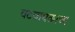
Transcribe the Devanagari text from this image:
वटवाघळाचा